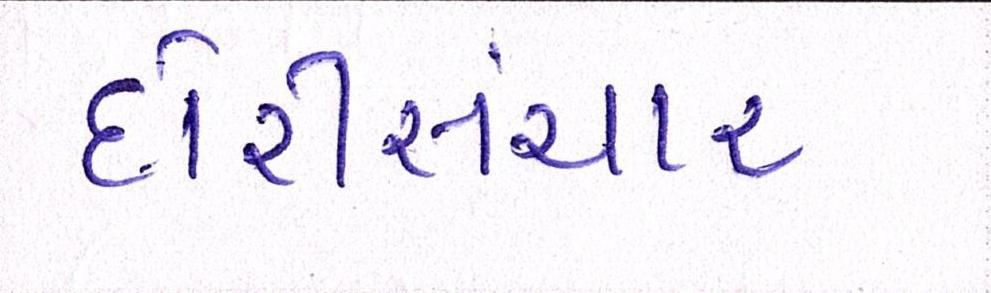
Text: દોરીસંચાર